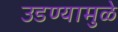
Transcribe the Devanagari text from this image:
उडण्यामुळे